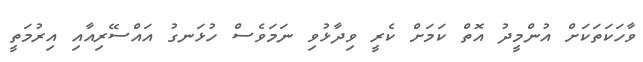
ވާހަކަތަކަށް އުންމީދު އޮތް ކަމަށް ކެރީ ވިދާޅުވި ނަމަވެސް ހުޅަނގު އައްސޭރިއާއި އިރުމަތީ